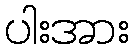
ပါးအား